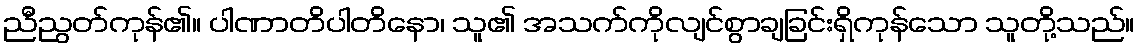
ညီညွတ်ကုန်၏။ ပါဏာတိပါတိနော၊ သူ၏ အသက်ကိုလျင်စွာချခြင်းရှိကုန်သော သူတို့သည်။